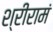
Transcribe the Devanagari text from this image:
श्रीरामं